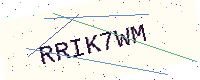
Text: RRIK7WM